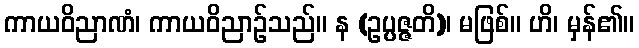
ကာယဝိညာဏံ၊ ကာယဝိညာဉ်သည်။ န (ဥပ္ပဇ္ဇတိ)၊ မဖြစ်။ ဟိ၊ မှန်၏။